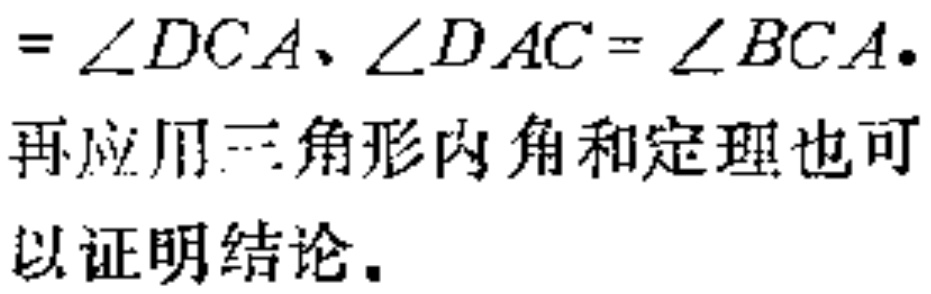
$= \angle DCA、\angle DAC = \angle BCA.$

再应用三角形内角和定理也可

以证明结论。